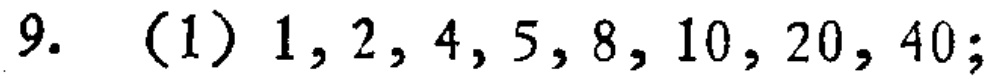
9. (1) \(1,2,4,5,8,10,20,40;\)